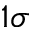
1 \sigma